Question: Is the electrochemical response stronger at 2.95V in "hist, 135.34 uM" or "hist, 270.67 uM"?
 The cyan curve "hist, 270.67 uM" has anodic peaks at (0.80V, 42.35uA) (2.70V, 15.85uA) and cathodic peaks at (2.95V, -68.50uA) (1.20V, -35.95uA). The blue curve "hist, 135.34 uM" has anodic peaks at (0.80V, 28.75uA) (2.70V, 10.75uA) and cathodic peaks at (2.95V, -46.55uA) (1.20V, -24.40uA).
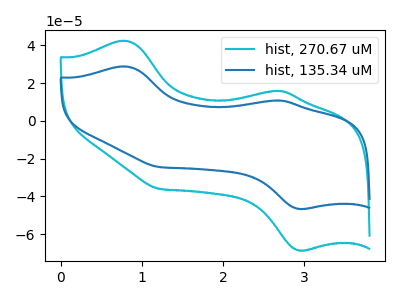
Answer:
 <answer>The peak at 2.95V is lower in "hist, 135.34 uM" than in "hist, 270.67 uM".</answer>
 <eval>lower</eval>